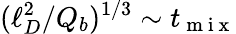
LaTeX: (\ell_{D}^{2}/Q_{b})^{1/3}\sim t_{\mathrm{~m~i~x~}}